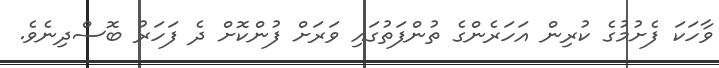
ވާހަކަ ފެށުމުގެ ކުރިން އަހަރެންގެ ތުންފަތުގައި ވަރަށް ފުންކޮށް ދެ ފަހަރު ބޮސްދިނެވެ.